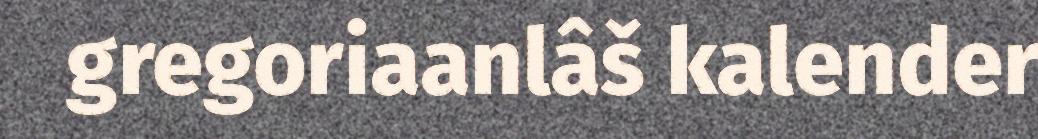
gregoriaanlâš kalender